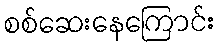
စစ်ဆေးနေကြောင်း